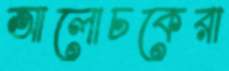
আলোচকেরা